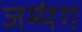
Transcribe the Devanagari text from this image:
जम्पंग